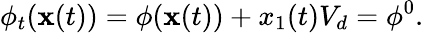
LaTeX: \phi_{t}(\mathbf{x}(t))=\phi(\mathbf{x}(t))+x_{1}(t)V_{d}=\phi^{0}.